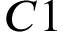
C 1